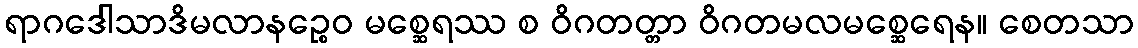
ရာဂဒေါသာဒိမလာနဉ္စေဝ မစ္ဆေရဿ စ ဝိဂတတ္တာ ဝိဂတမလမစ္ဆေရေန။ စေတသာ